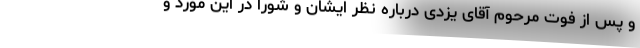
و پس از فوت مرحوم آقای یزدی درباره نظر ایشان و شورا در این مورد و